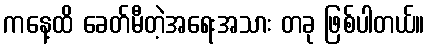
ကနေ့ထိ ခေတ်မီတဲ့အရေးအသား တခု ဖြစ်ပါတယ်။